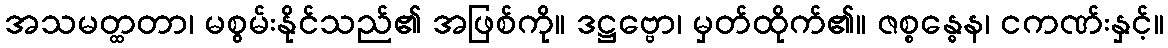
အသမတ္ထတာ၊ မစွမ်းနိုင်သည်၏ အဖြစ်ကို။ ဒဋ္ဌဗ္ဗော၊ မှတ်ထိုက်၏။ ဇစ္စန္ဓေန၊ ငကဏ်းနှင့်။